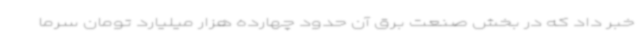
خبر داد که در بخش صنعت برق آن حدود چهارده هزار میلیارد تومان سرما